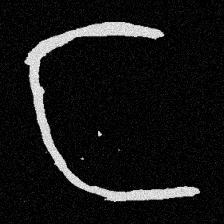
Pyu character \u2014 Myanmar letter: င (romanized: nga)